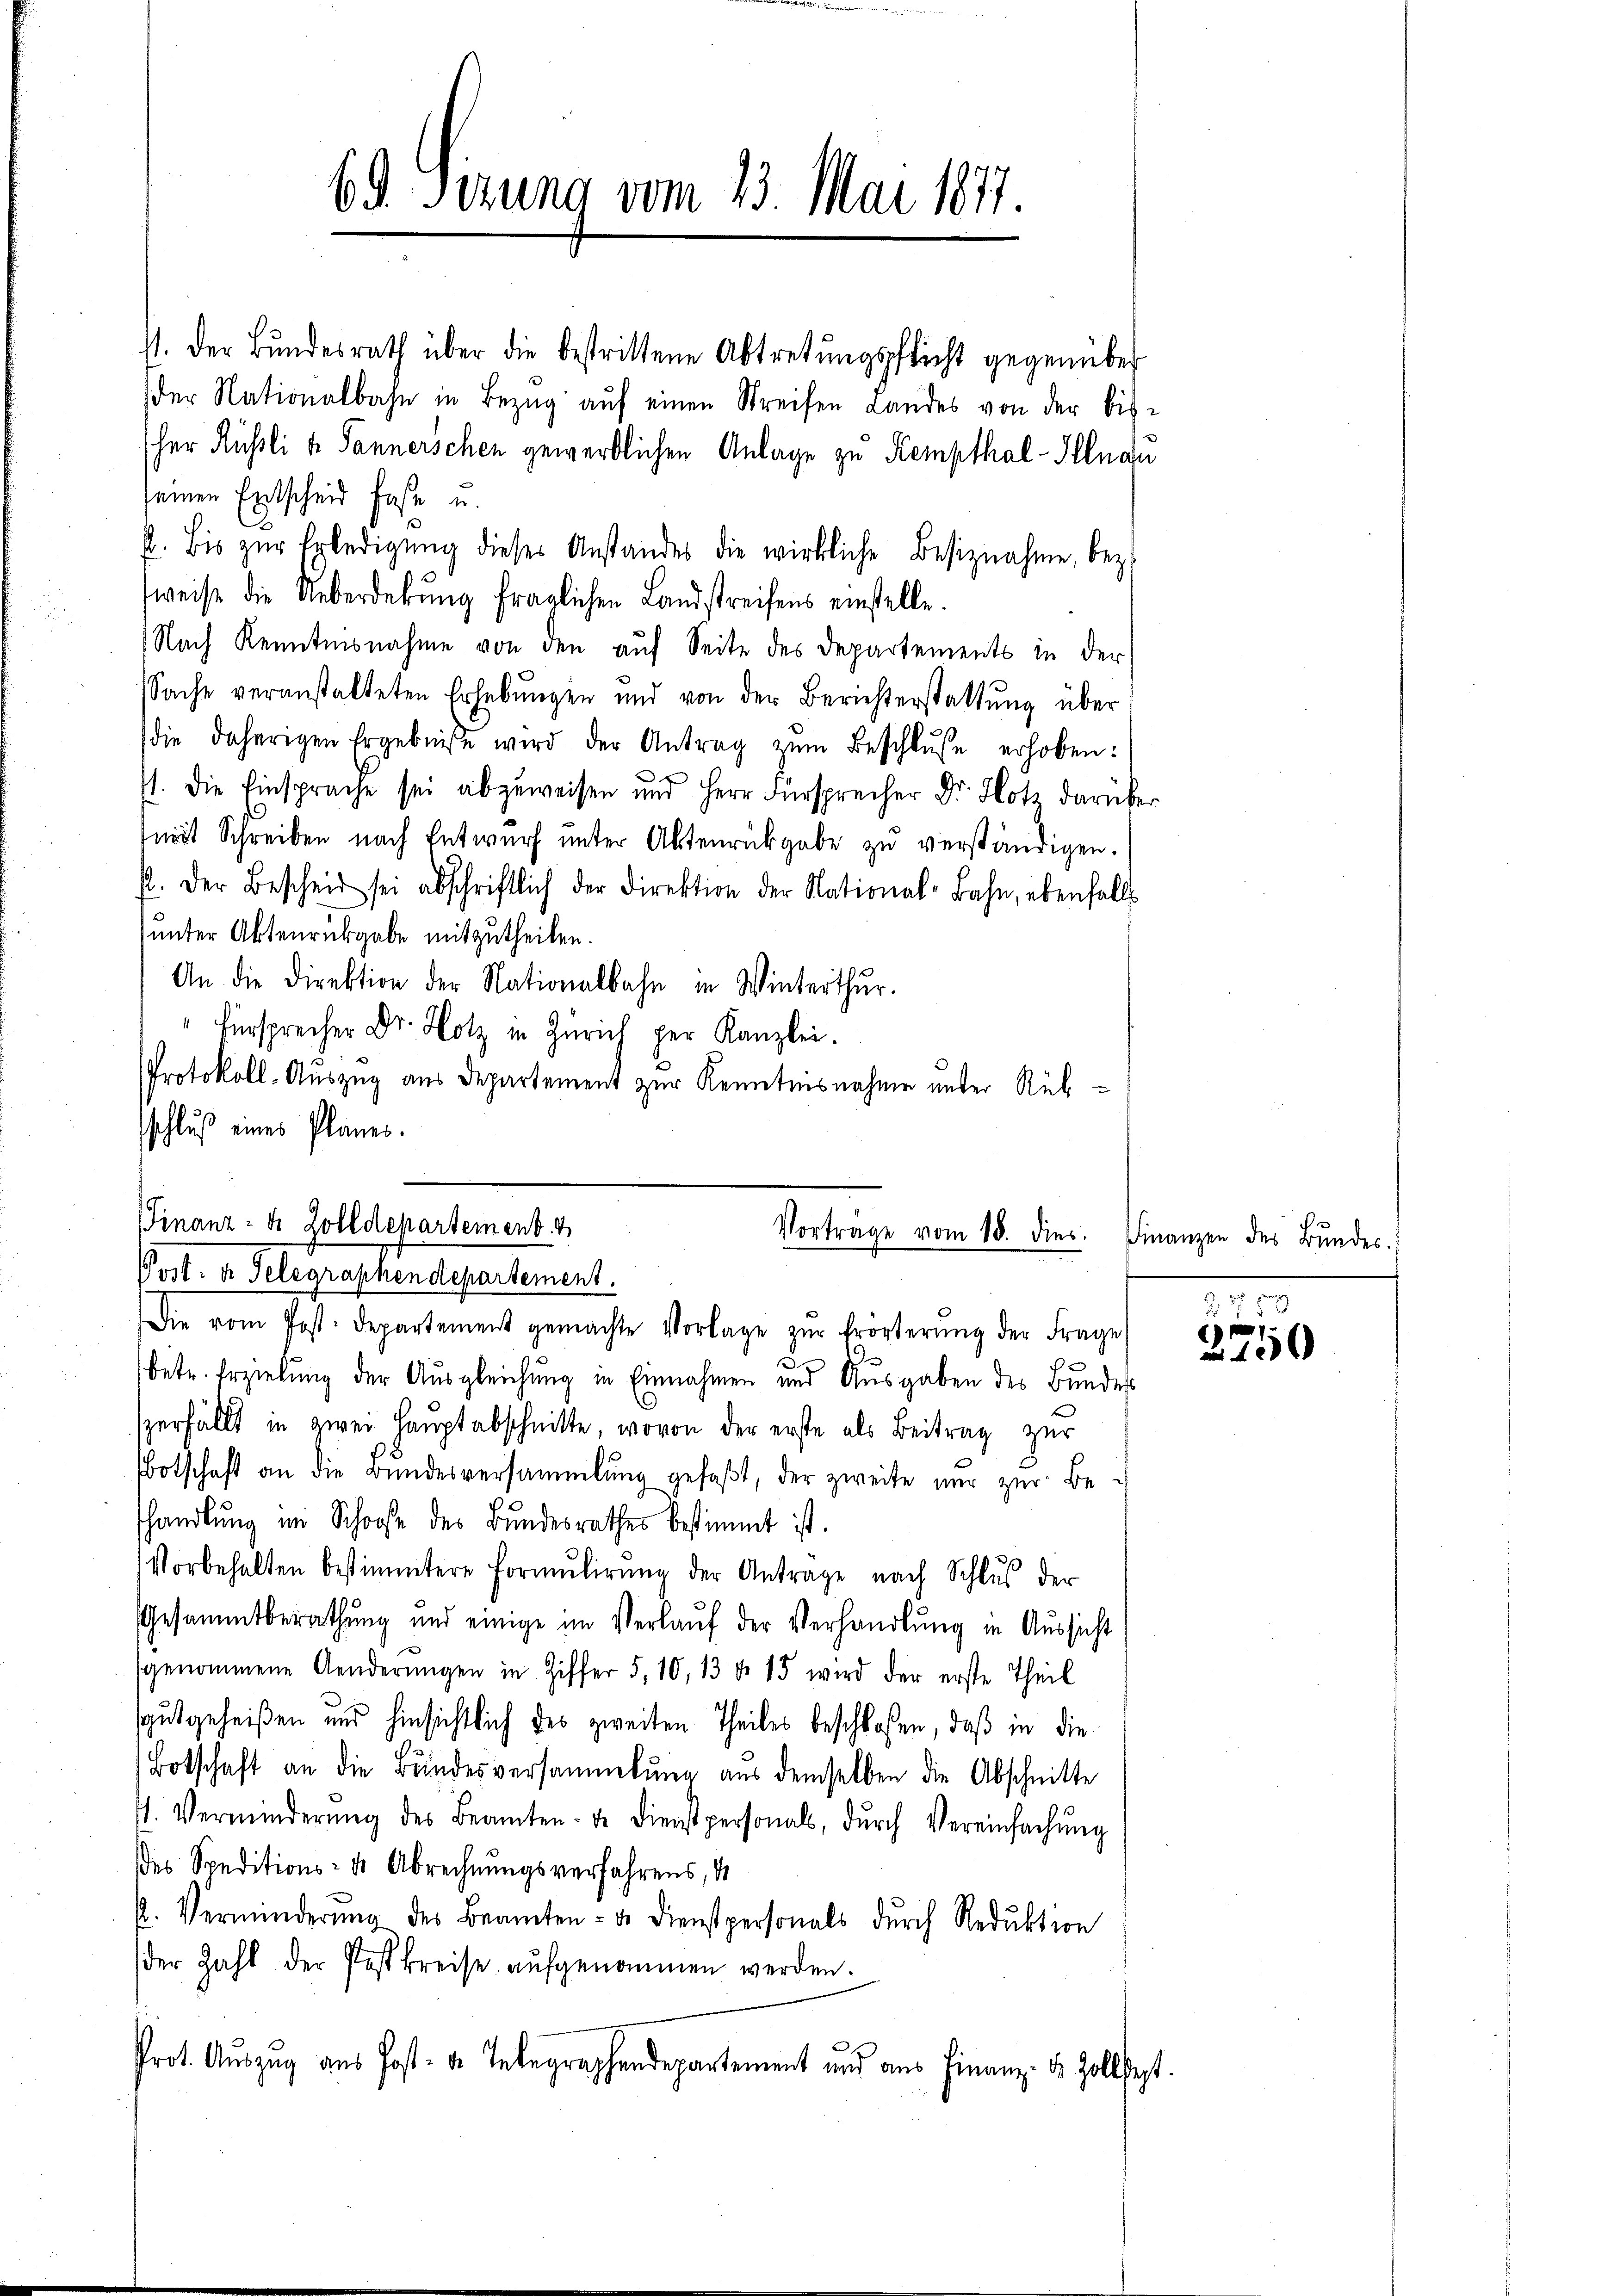
69 Sirung vom 13. Mai 1877.

st. Der Bundesrath über die bestrittene Abtretungspflicht gegenüber
der Nationalbahn in Bezug auf einen Streifen Landes von der bisher Rüßli u. Tannerschen gewerblichen Anlage zu Kempthal-Illnau
seinen Entscheid fast u.
b. Bis zŭr Erledigŭng dieses Anstandes die wirkliche Besiznahme, bez
weise die Ueberdebŭng fraglichen Landstreifens einstelle.
Nach Kenntnisnahme von den auf Seite des Departements in der
Sache veranstalteten Erhebŭngen und von der Berichterstattŭng über
die daherigen Ergebnisse wird der Antrag zŭm Beschlŭsse erhoben:
st. Die Einsprache sei abzuweisen und Herr Fürsprecher Dr. Hotz darüber
niit Schreiben nach Entwurf unter Aktenrückgabe zu verständigen.
p. Der Bescheid sei abschriftlich der Direktion der National-Bahn, ebenfalls
sunter Aktenrückgabe mitzutheilen.
An die Direktion der Nationalbahn in Winterthur.
"Fürsprecher Dr. Hotz in Zürich per Kanzlei.
Protokoll-Auszug aus Departement zur Kenntnisnahme unter Rükschluß eines Planes.
Finanz- u. Zolldepartement
Vortrage vom 18. dies
Post: a Telegraphendepartement.
Die vom Post-Departement gemachte Vorlage zŭr Erörterŭng der Frage
.
betr. Erzielung der Ausgleichung in Einnahmen und Ausgaben des Bundes
serfällt in zwei Haŭptabschnitte, wovon der erste als Beitrag zur
Botschaft an die Bundesversammlung gefaßt, der zweite nur zur Beshandlŭng im Schose des Bundesrathes bestimmt ist.
Vorbehalten bestimmtere Formŭlirŭng der Antrage nach Schlŭs der
Gesammtberathung und einige im Verlaŭf der Verhandlŭng in Aŭssicht
sgenommene Aenderŭngen in Ziffer 5. 10, 13 d. 15 wird der erste Theil
gutgeheißen und hinsichtlich des zweiten Theiles beschlossen, daß in die
Botschaft an die Bundesversammlung aus demselben die Abschnitte
t. Verminderŭng des Beamten de dienstpersonals, dŭrch Vereinfachŭng
des Speditions- & Abrechnungsverfahrens, d
. Verminderŭng des Beamten- u. Dienstpersonals dŭrch Reduktion
(der Zahl der Postkreise aŭfgenommen werden.
Prot. Aŭszŭg aŭs Post- u. Telegraphendepartement und aus Finanz- u. Zolldept

Finanzen des Bundes.

2.
e
100